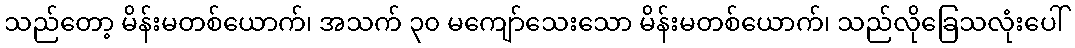
သည်တော့ မိန်းမတစ်ယောက်၊ အသက် ၃၀ မကျော်သေးသော မိန်းမတစ်ယောက်၊ သည်လိုခြေသလုံးပေါ်